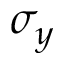
\sigma _ { y }